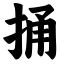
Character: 捅